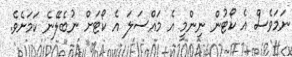
ނަމަވެސް އެ ކޯޓުން ނިންމީ އެ މައްސަލަ އެ ކޯޓަށް ނުބެލޭނެ ކަމަށެވެ.